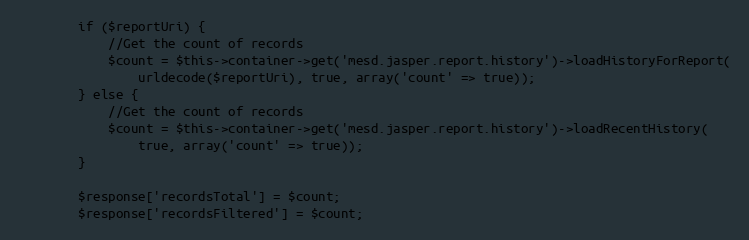
Language: PHP
        if ($reportUri) {
            //Get the count of records
            $count = $this->container->get('mesd.jasper.report.history')->loadHistoryForReport(
                urldecode($reportUri), true, array('count' => true));
        } else {
            //Get the count of records
            $count = $this->container->get('mesd.jasper.report.history')->loadRecentHistory(
                true, array('count' => true));
        }

        $response['recordsTotal'] = $count;
        $response['recordsFiltered'] = $count;